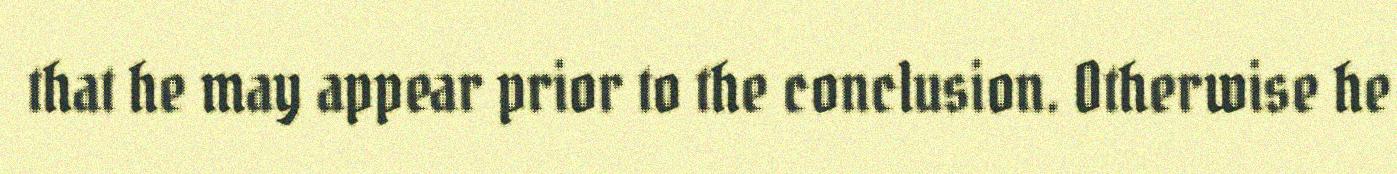
that he may appear prior to the conclusion. Otherwise he